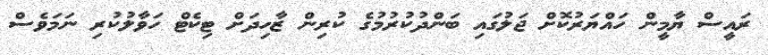
ރައީސް ޔާމީން ހައްޔަރުކޮށް ޖަލުގައި ބަންދުކުރުމުގެ ކުރިން ޒާހިދަށް ޓިކެޓް ހަވާލުކުރި ނަމަވެސް